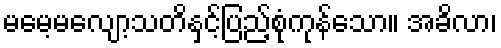
မမေ့မလျော့သတိနှင့်ပြည့်စုံကုန်သော။ အခိလာ၊